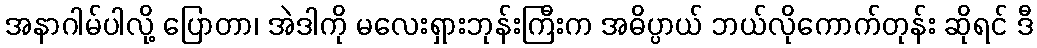
အနာဂါမ်ပါလို့ ပြောတာ၊ အဲဒါကို မလေးရှားဘုန်းကြီးက အဓိပ္ပာယ် ဘယ်လိုကောက်တုန်း ဆိုရင် ဒီ